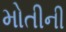
મોતીની